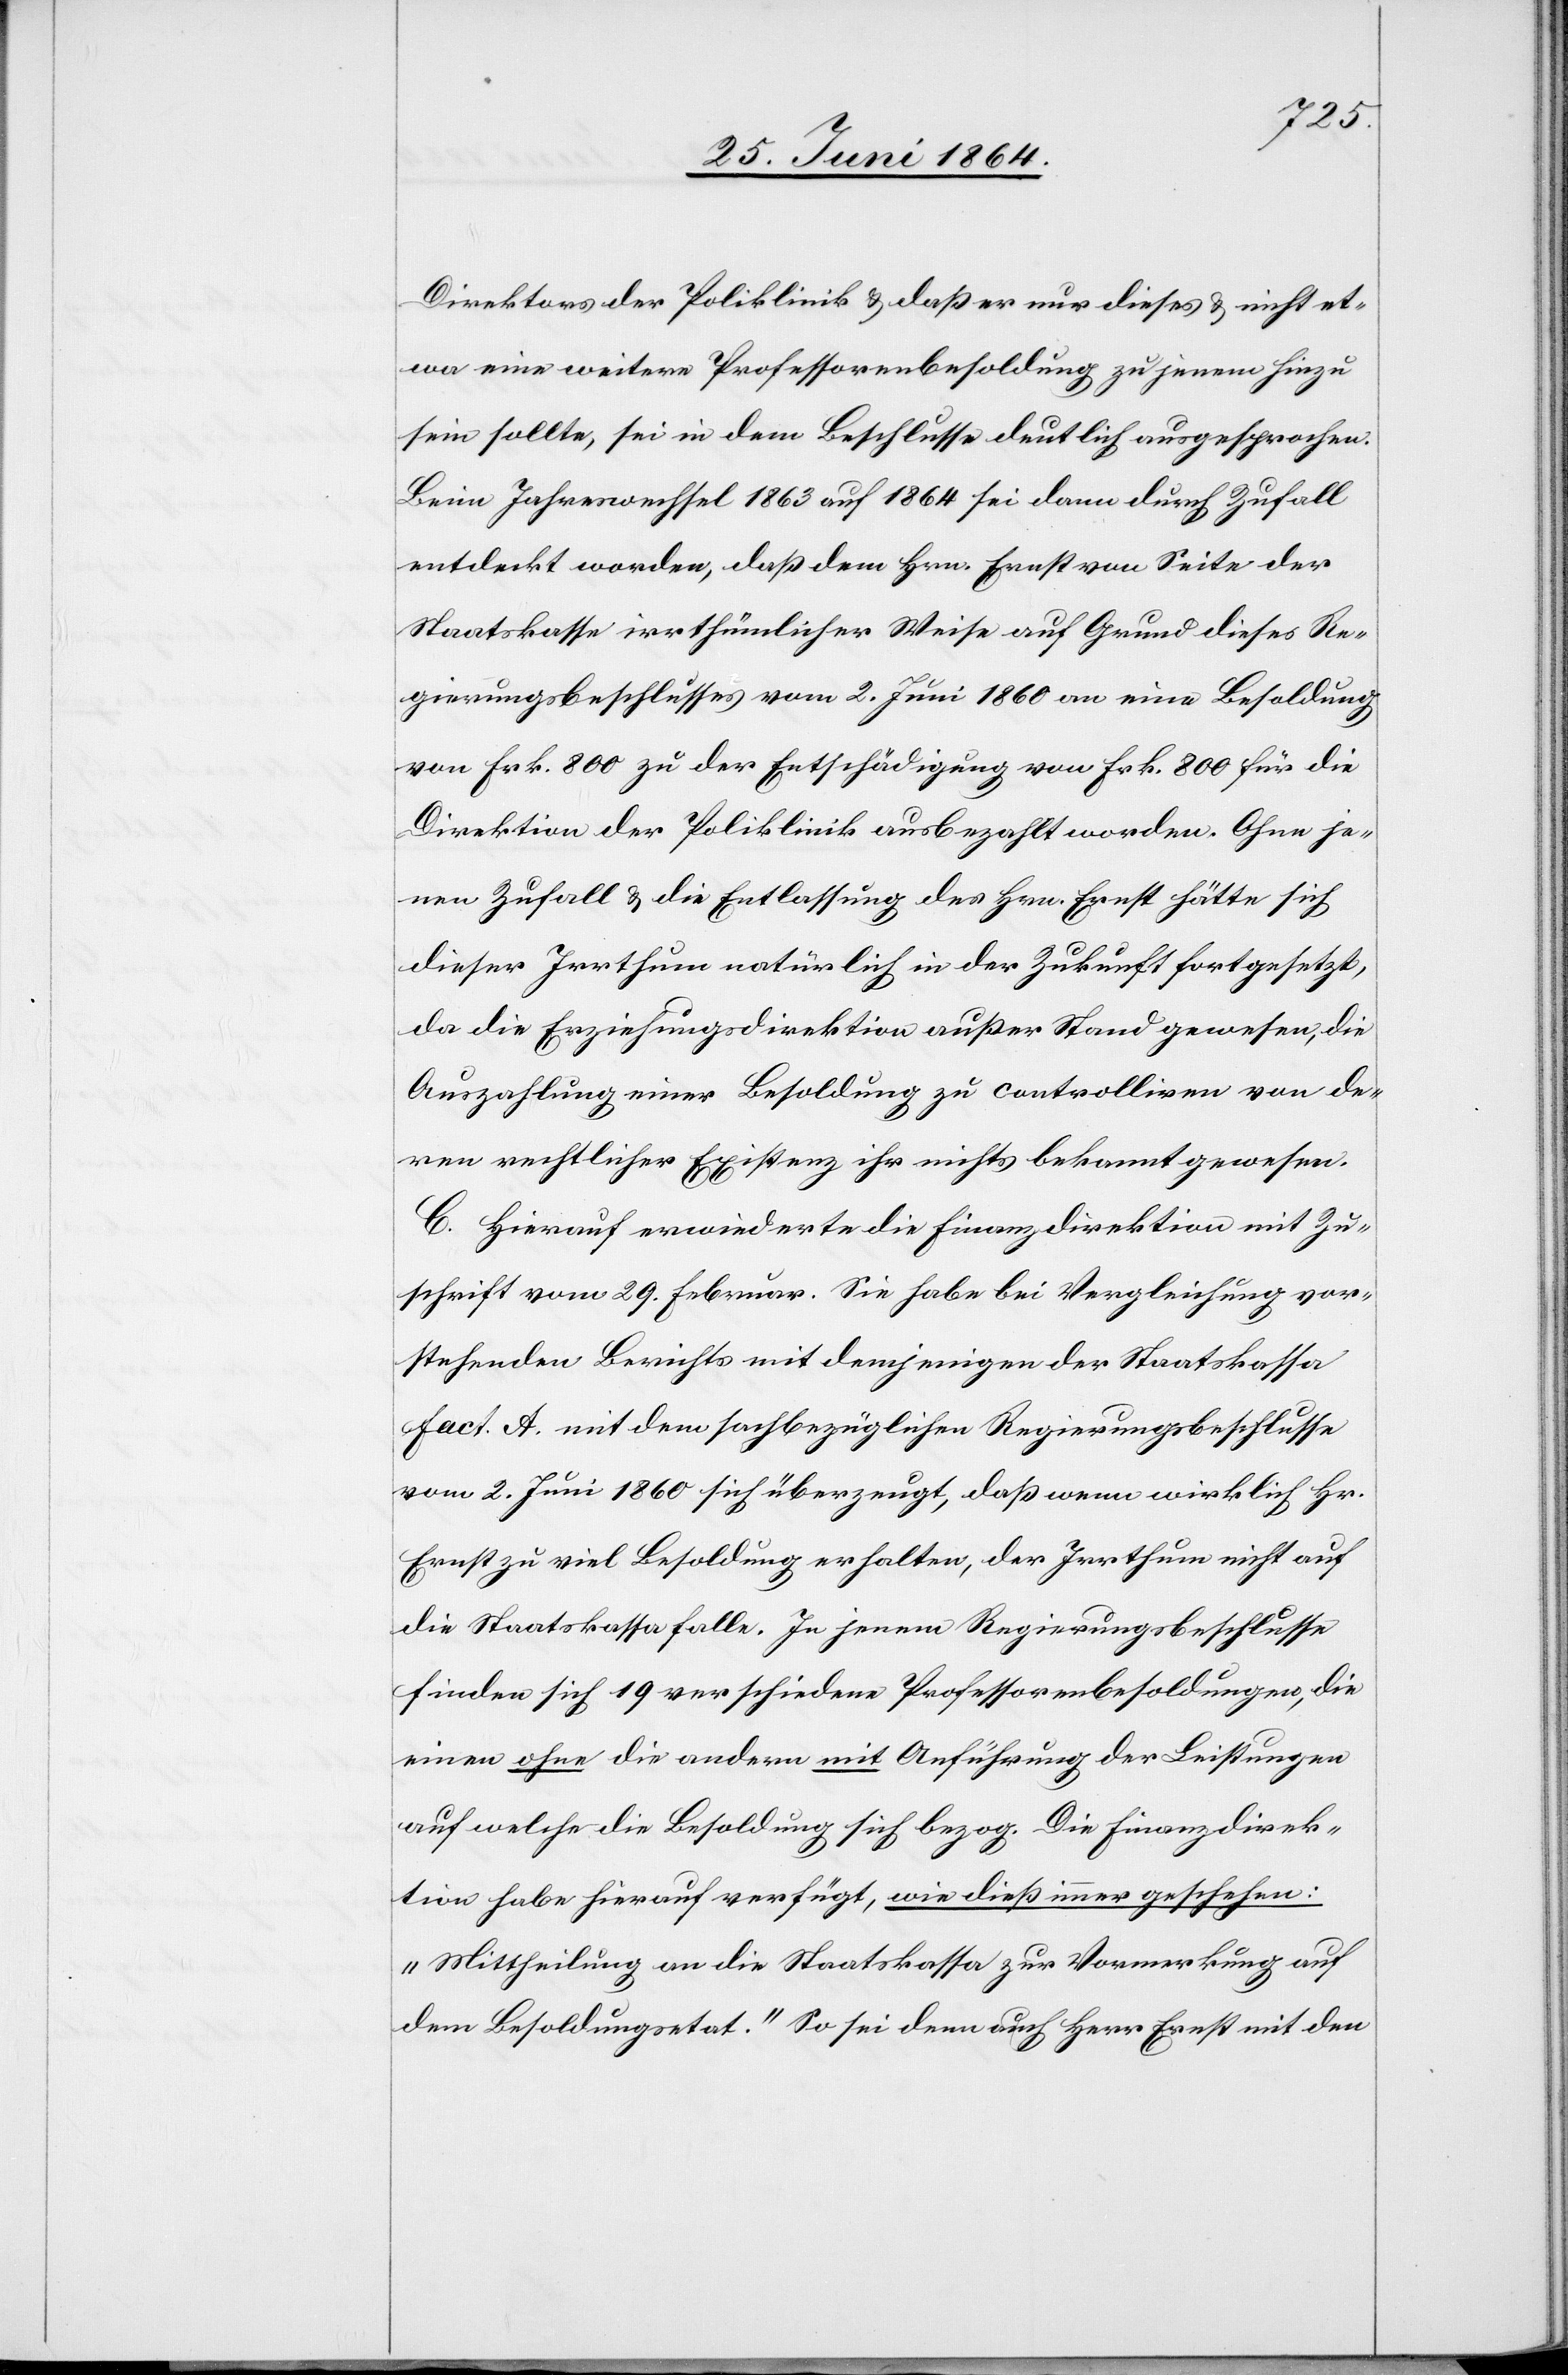
Direktors der Poliklinik u. daß er nur dieses u. nicht et¬
wa eine weitere Professorenbesoldung zu jenem hinzu
sein sollte, sei in dem Beschlusse deutlich ausgesprochen.
Beim Jahreswechsel 1863 auf 1864 sei dann durch Zufall
entdeckt worden, daß dem Hrn. Ernst von Seite der
Staatskasse irrthümlicher Weise auf Grund dieses Re¬
gierungsbeschlusses vom 2. Juni 1860 an eine Besoldung
von Frk. 800 zu der Entschädigung von Frk. 800 für die
Direktion der Poliklinik ausbezahlt worden. Ohne je¬
nen Zufall u. die Entlassung des Hrn. Ernst hätte sich
dieser Irrthum natürlich in der Zukunft fortgesetzt,
da die Erziehungsdirektion außer Stand gewesen, die
Auszahlung einer Besoldung zu controlliren von de¬
ren rechtlicher Existenz ihr nichts bekannt gewesen.
C. Hierauf erwiederte die Finanzdirektion mit Zu¬
schrift vom 29. Februar. Sie habe bei Vergleichung vor¬
stehenden Berichts mit demjenigen der Staatskassa
Fact. A. mit dem sachbezüglichen Regierungsbeschlusse
vom 2. Juni 1860 sich überzeugt, daß wenn wirklich Hr.
Ernst zu viel Besoldung erhalten, der Irrthum nicht auf
die Staatskassa falle. In jenem Regierungsbeschlusse
finden sich 19 verschiedene Professorenbesoldungen, die
einen ohne die andern mit Anführung der Leistungen
auf welche die Besoldung sich bezog. Die Finanzdirek¬
tion habe hierauf verfügt, wie dieß immer geschehen:
„Mittheilung an die Staatskassa zur Vormerkung auf
dem Besoldungsetat.“ So sei denn auch Herr Ernst mit den